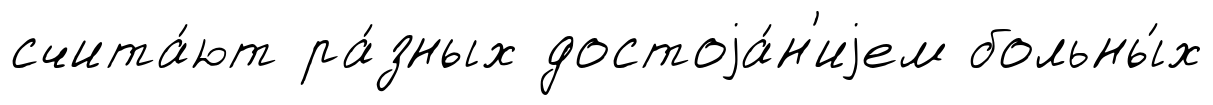
счита́ют ра́зных достоjа́н'иjем больны́х